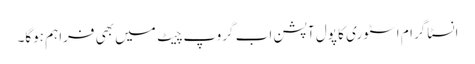
انسٹاگرام اسٹوری کا پول آپشن اب گروپ چیٹ میں بھی فراہم ہوگا۔